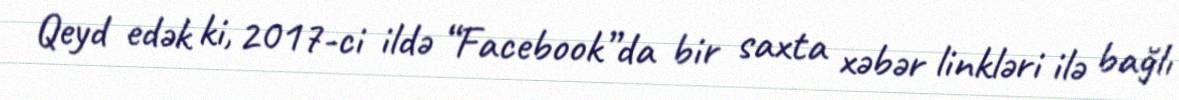
Qeyd edək ki, 2017-ci ildə “Facebook”da bir saxta xəbər linkləri ilə bağlı